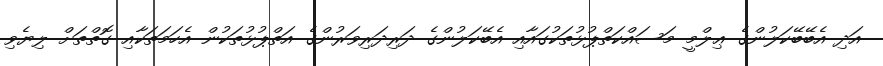
އަދި އެބޭބޭކަލުންގެ ޢިލްމީ މަސައްކަތްޕުޅުތަކުގައާއި އެބޭކަލުންގެ ދަރިދަރިވަރުންގެ އަތްޕުޅުތަކުން އެހަމަތަކާއި ގޮތްތަށް ލިޔެވި